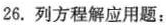
26.列方程解应用题：